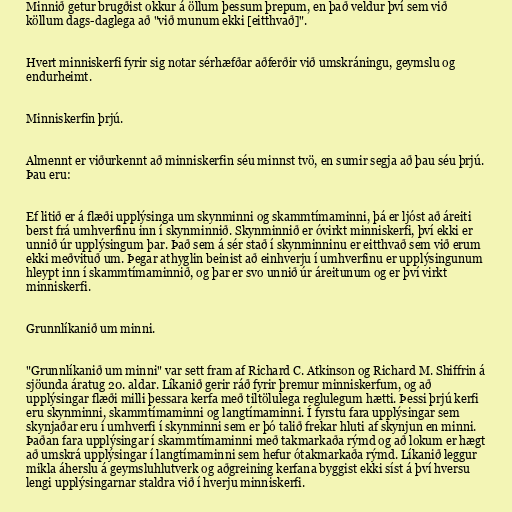
Minnið getur brugðist okkur á öllum þessum þrepum, en það veldur því sem við
köllum dags-daglega að "við munum ekki [eitthvað]".

Hvert minniskerfi fyrir sig notar sérhæfðar aðferðir við umskráningu, geymslu og
endurheimt.

Minniskerfin þrjú.

Almennt er viðurkennt að minniskerfin séu minnst tvö, en sumir segja að þau séu þrjú.
Þau eru:

Ef litið er á flæði upplýsinga um skynminni og skammtímaminni, þá er ljóst að áreiti
berst frá umhverfinu inn í skynminnið. Skynminnið er óvirkt minniskerfi, því ekki er
unnið úr upplýsingum þar. Það sem á sér stað í skynminninu er eitthvað sem við erum
ekki meðvituð um. Þegar athyglin beinist að einhverju í umhverfinu er upplýsingunum
hleypt inn í skammtímaminnið, og þar er svo unnið úr áreitunum og er því virkt
minniskerfi.

Grunnlíkanið um minni.

"Grunnlíkanið um minni" var sett fram af Richard C. Atkinson og Richard M. Shiffrin á
sjöunda áratug 20. aldar. Líkanið gerir ráð fyrir þremur minniskerfum, og að
upplýsingar flæði milli þessara kerfa með tiltölulega reglulegum hætti. Þessi þrjú kerfi
eru skynminni, skammtímaminni og langtímaminni. Í fyrstu fara upplýsingar sem
skynjaðar eru í umhverfi í skynminni sem er þó talið frekar hluti af skynjun en minni.
Þaðan fara upplýsingar í skammtímaminni með takmarkaða rýmd og að lokum er hægt
að umskrá upplýsingar í langtímaminni sem hefur ótakmarkaða rýmd. Líkanið leggur
mikla áherslu á geymsluhlutverk og aðgreining kerfana byggist ekki síst á því hversu
lengi upplýsingarnar staldra við í hverju minniskerfi.